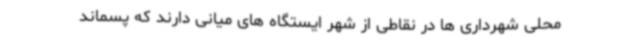
محلی شهرداری ها در نقاطی از شهر ایستگاه های میانی دارند که پسماند